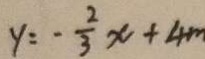
y = - \frac { 2 } { 3 } x + 4 m